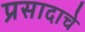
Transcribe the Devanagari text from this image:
प्रसादाचे